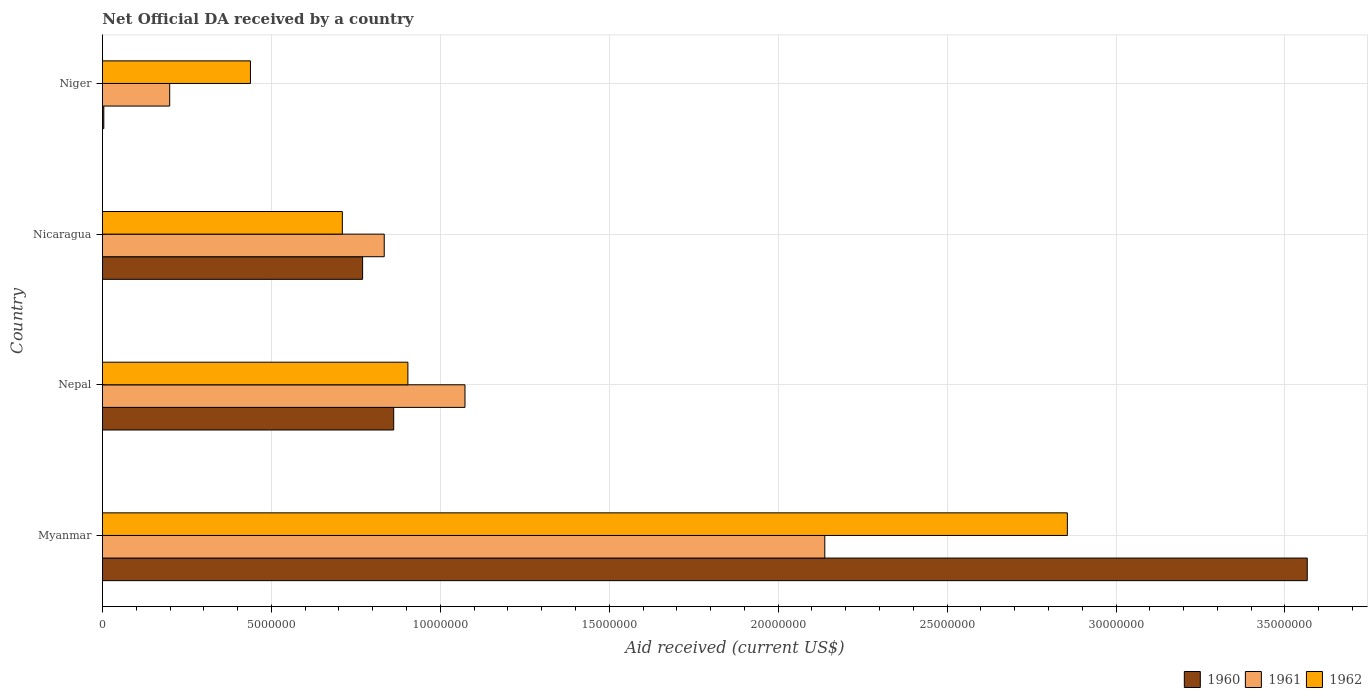
| Country | 1960 | 1961 | 1962 |
 | --- | --- | --- | --- |
 | Myanmar | 3.57e+07 | 2.14e+07 | 2.86e+07 |
 | Nepal | 8.62e+06 | 1.07e+07 | 9.04e+06 |
 | Nicaragua | 7.7e+06 | 8.34e+06 | 7.1e+06 |
 | Niger | 4e+04 | 1.99e+06 | 4.38e+06 |